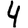
Digit: 4